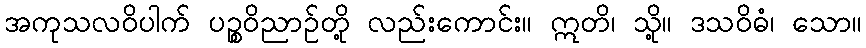
အကုသလဝိပါက် ပဉ္စဝိညာဉ်တို့ လည်းကောင်း။ ဣတိ၊ သို့။ ဒသဝိဓံ၊ သော။